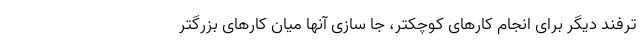
ترفند دیگر برای انجام کارهای کوچکتر، جا سازی آنها میان کارهای بزرگتر